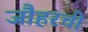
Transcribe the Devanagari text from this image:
जौहरची